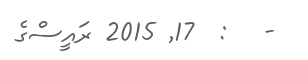
-   :  17